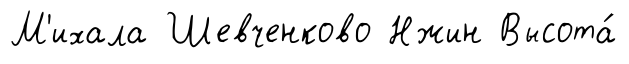
М'ихала Шевченково Нжин Высота́